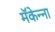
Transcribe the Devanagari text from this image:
मॅकेन्ना